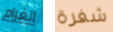
الغرام شفرة